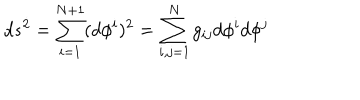
LaTeX: d s ^ { 2 } = \sum _ { i = 1 } ^ { N + 1 } ( d \phi ^ { i } ) ^ { 2 } = \sum _ { i , j = 1 } ^ { N } g _ { i j } d \phi ^ { i } d \phi ^ { j }